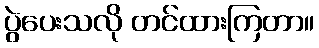
ပွဲပေးသလို တင်ထားကြတာ။